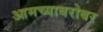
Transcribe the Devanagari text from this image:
आमच्याबरोबर